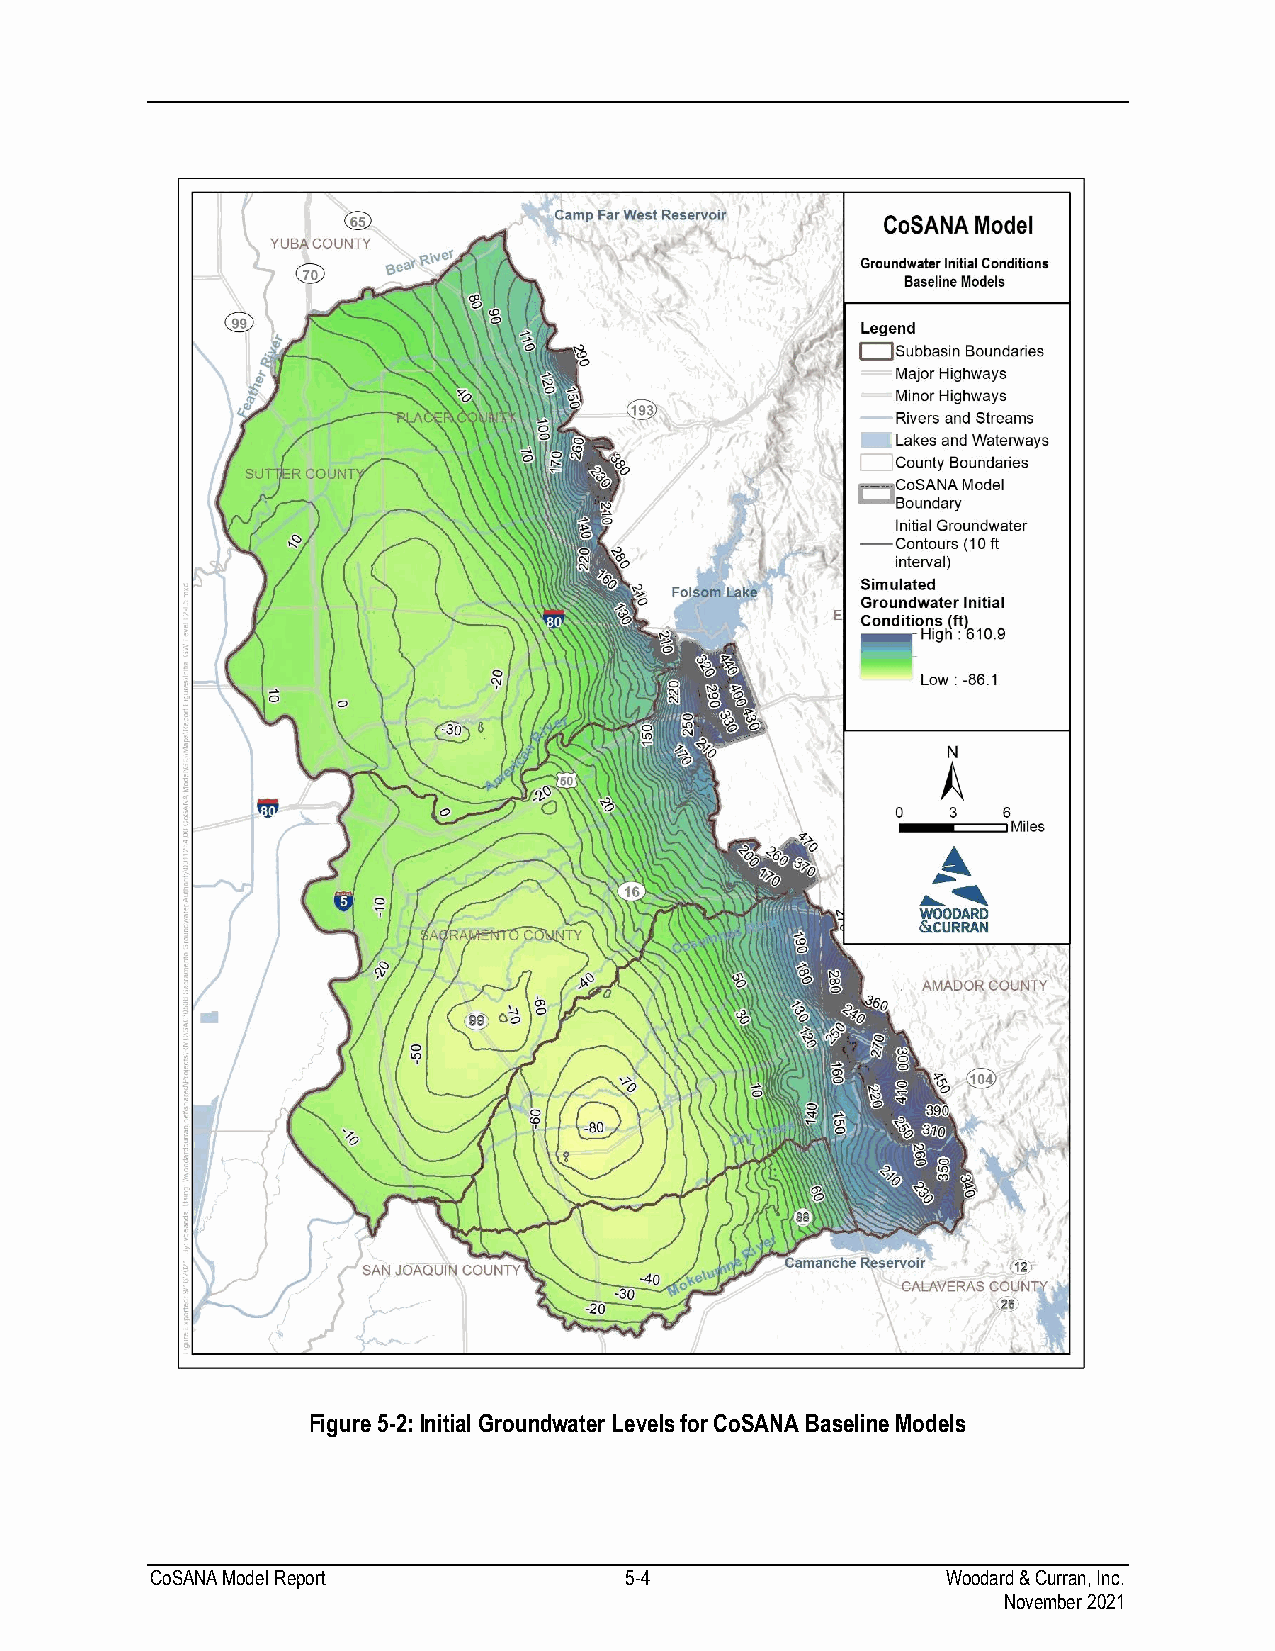
Figure 5-2: Initial Groundwater Levels for CoSANA Baseline Models
 CoSANA Model Report            5-4                   Woodard & Curran, Inc.
 November 2021